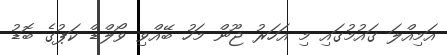
އަމިއްލަ ގައުމުގައި މި އަހަރު ޖޫން މަހު ބޭއްވި ވޯލްޑް ކަޕުގެ ބޮޑު